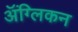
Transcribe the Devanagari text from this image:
ॲंग्लिकन